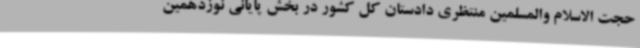
حجت الاسلام والمسلمین منتظری دادستان کل کشور در بخش پایانی نوزدهمین